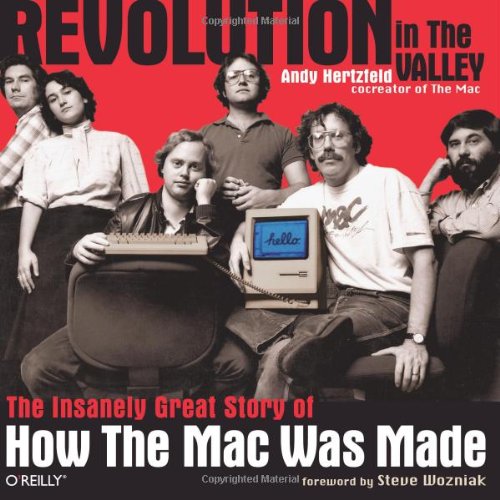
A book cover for Revolution in The Valley: The Insanely Great Story of How the Mac Was Made; Andy Hertzfeld; Computers & Technology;